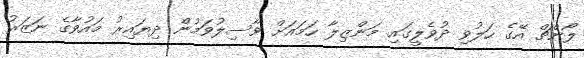
ލޯންޗް އޭގެ ހަލުވި ދުވެލީގައި މަންޒިލާ ހަމައަށް ވާސިލުވަމުން ދިޔައިރު މައުވާގެ ނަޒަރު